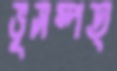
ভূসম্পত্